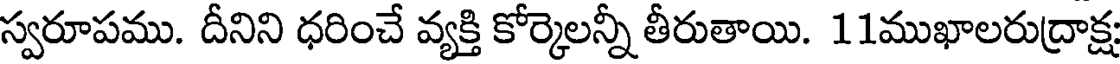
స్వరూపము. దీనిని ధరించే వ్యక్తి కోర్కెలన్నీ తీరుతాయి. 11ముఖాలరుద్రాక్ష